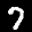
Label: 7